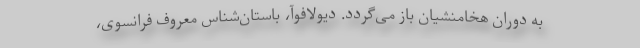
به دوران هخامنشیان باز می‌گردد. دیولافوآ، باستان‌شناس معروف فرانسوی،